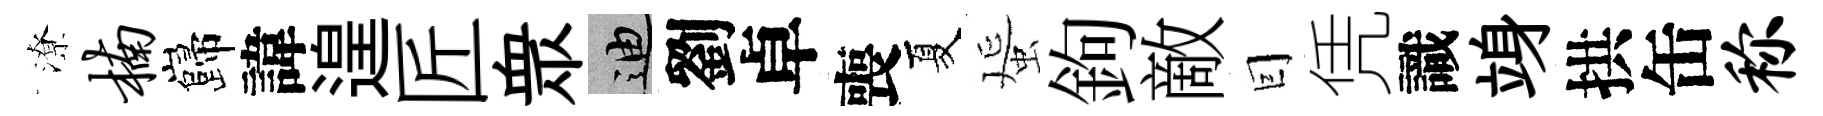
潦楠巋諱遑匠衆迪劉卓喪夏蜑鉤敵囙凭識竧拱缶称